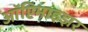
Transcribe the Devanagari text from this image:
ऑप्टिमाइझर